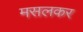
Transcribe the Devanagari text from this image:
मसलकर